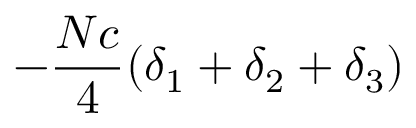
- { \frac { N c } { 4 } } ( \delta _ { 1 } + \delta _ { 2 } + \delta _ { 3 } )